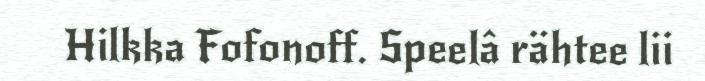
Hilkka Fofonoff. Speelâ rähtee lii